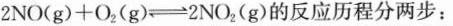
$$2 N O ( g ) + O _ { 2 } ( g ) \rightleftharpoons 2 N O _ { 2 } ( g )$$的反应历程分两步：